Ajakirja_Uliopilasleht_toimetus, lk 3
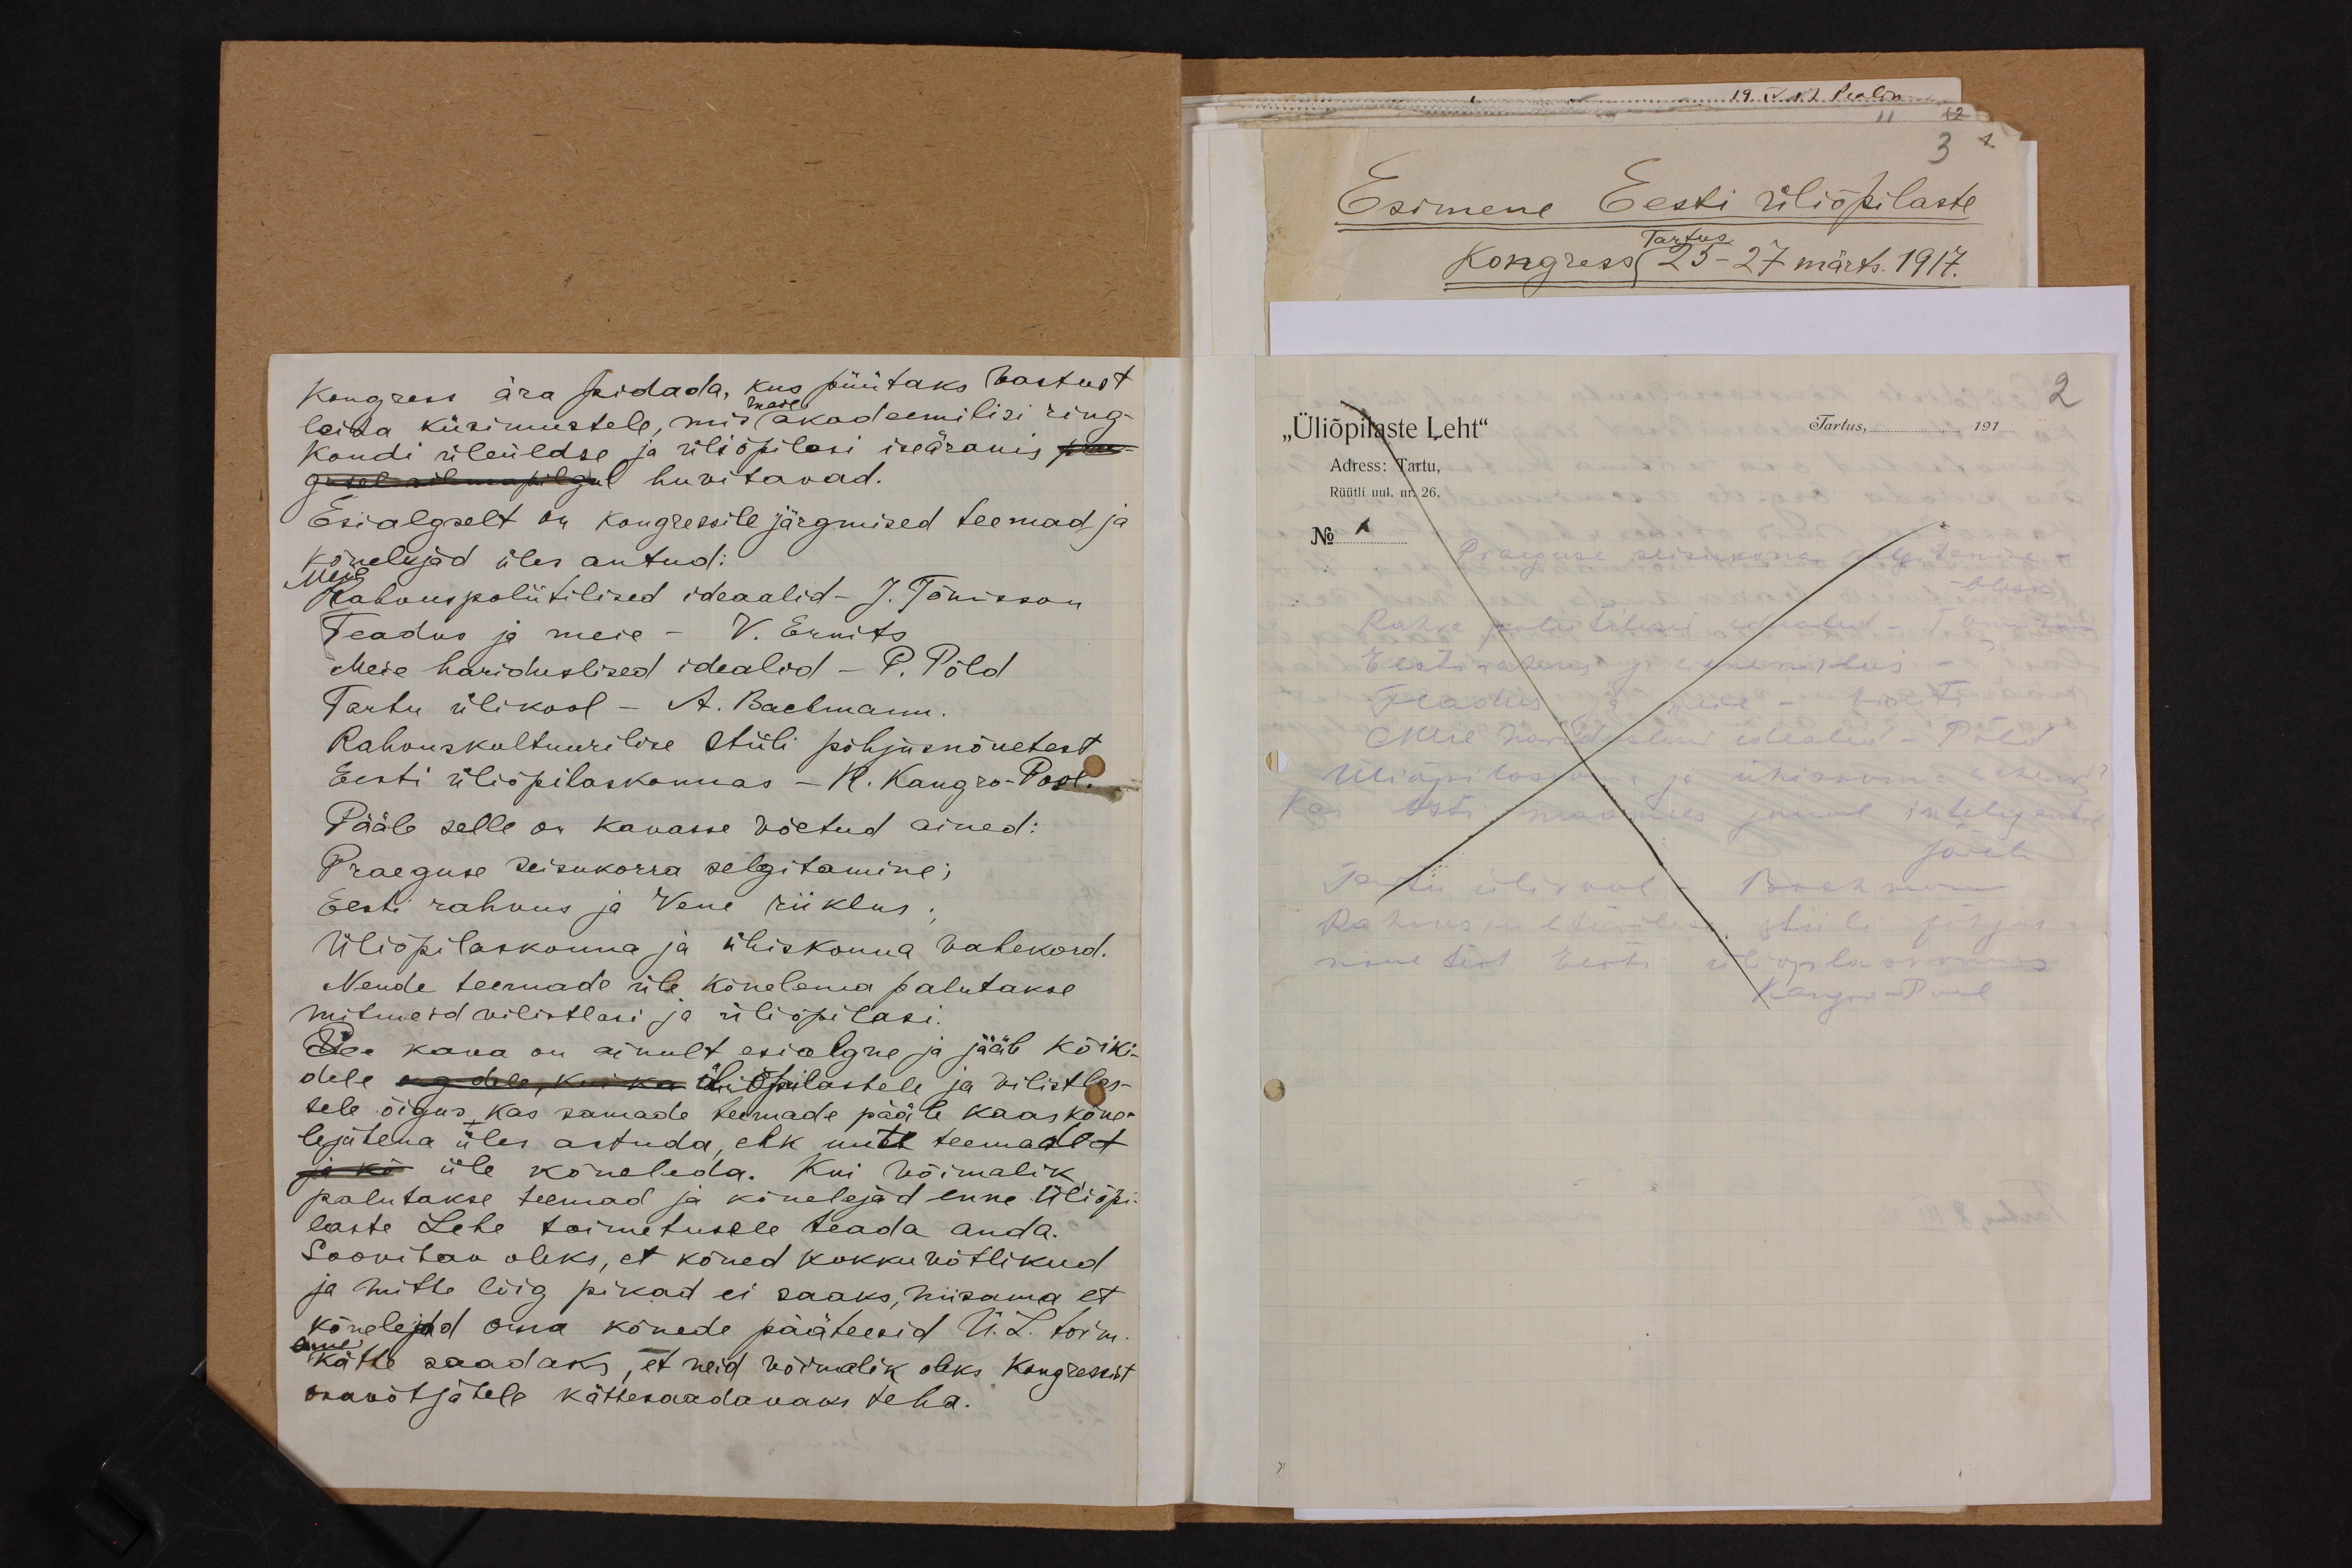
Kongress ära pidada, kus püütaks vastust
leida küsimustele, mis (akadeemilisi ring-
enese
kondi üleüldse ja üliõpilasi iseäranes prae-
gusel silmapilgul huvitavad.
Esialgselt on kongressile järgmised teemad ja
Kõnelejad üles antud:
Meie Rahvuspoliitilised ideaalid - J. Tõnisson
Teadus ja meie - V. Ernits
Meie hariduslised ideaalid - P. Põld
Tartu ülikool - A. Bachmann
Rahvuskultuurilise stiili põhjusnõuetest
Eesti üliõpilaskonnas - R. Kangro-Pool.
Pääle selle on kavasse võetud ained:
Praeguse seisukorra selgitamine;
Eesti rahvus ja Vene riiklus
Üliõpilaskonna ja ühiskonna vahekord.
Nende teemade üle kõnelema palutakse
mitmeid vilistlasi ja üliõpilasi
See kava on ainult esialgne ja jääb kõiki-
dele org- dele, kui ka üliõpilastele ja vilistlas-
tele õigus, kas samade teemade pääle kaaskõne-
lejatena üles astuda, ehk uute teemade t
ja kõ üle kõneleda. Kui võimalik
palutakse teemad ja kõnelejad enne Üliõpi-
laste Lehe toimetusele teada anda.
Soovitav oleks, et kõned kokkuvõtlikud
ja mitte liig pikad ei saaks, niisama et
kõnelejad oma kõnede pääteesid Ü.L. toim.
enne
kätte saadaks, et neid võimalik oleks Kongressist
osavõtjatele kättesaadavaks teha.

"Üliõpilaste Leht"
Adress: Tartu,
Rüütli uul. nr. 26.
No